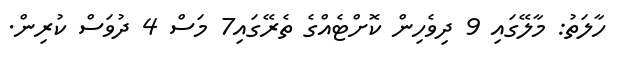
ހާލަތު: މާލޭގައި 9 ދިވެހިން ކޮށްޓެއްގެ ތެރޭގައި7 މަސް 4 ދުވަސް ކުރިން.